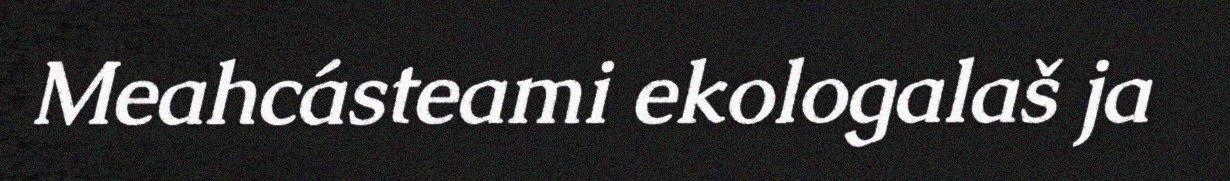
Meahcásteami ekologalaš ja